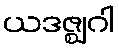
ယဒဇ္ဈဂါ